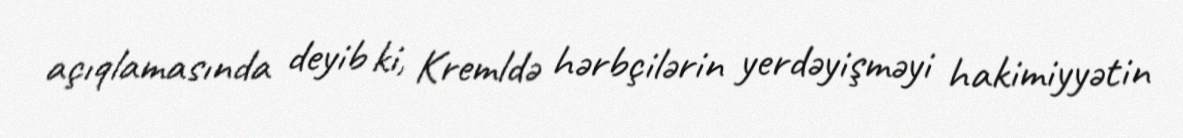
açıqlamasında deyib ki, Kremldə hərbçilərin yerdəyişməyi hakimiyyətin